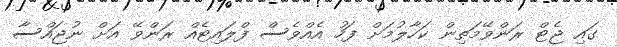
ގައި ޖެޓް ރަންވޭމަތިން ކަހާލުމަށް ފަހު އެއްވެސް ފްލައިޓެއް ރަންވޭ އަށް ނުޖައްސާ